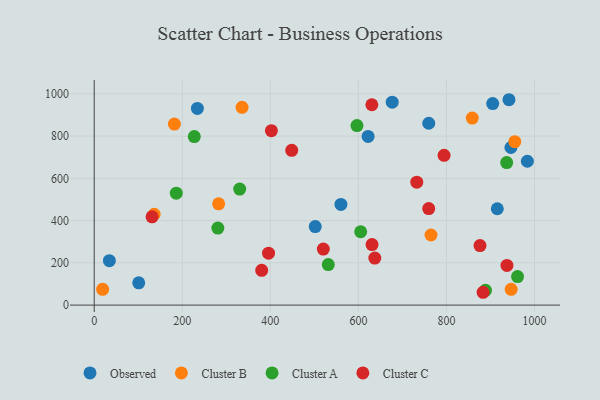
{"axis": {"x": "Engine Size", "y": "Profit"}, "legend": ["Cluster A", "Cluster B", "Cluster C", "Observed"], "data": [{"x": "560.3", "y": 476.5, "type": "Observed"}, {"x": "502.0", "y": 371.6, "type": "Observed"}, {"x": "942.0", "y": 972.2, "type": "Observed"}, {"x": "905.0", "y": 954.0, "type": "Observed"}, {"x": "676.8", "y": 960.7, "type": "Observed"}, {"x": "234.3", "y": 931.2, "type": "Observed"}, {"x": "983.8", "y": 681.0, "type": "Observed"}, {"x": "101.1", "y": 105.5, "type": "Observed"}, {"x": "946.4", "y": 746.0, "type": "Observed"}, {"x": "622.0", "y": 798.6, "type": "Observed"}, {"x": "759.8", "y": 860.8, "type": "Observed"}, {"x": "915.5", "y": 456.2, "type": "Observed"}, {"x": "34.4", "y": 210.5, "type": "Observed"}, {"x": "858.6", "y": 885.1, "type": "Cluster B"}, {"x": "955.2", "y": 773.8, "type": "Cluster B"}, {"x": "335.8", "y": 936.0, "type": "Cluster B"}, {"x": "136.2", "y": 430.0, "type": "Cluster B"}, {"x": "947.0", "y": 74.8, "type": "Cluster B"}, {"x": "282.6", "y": 479.4, "type": "Cluster B"}, {"x": "19.1", "y": 74.5, "type": "Cluster B"}, {"x": "764.9", "y": 331.9, "type": "Cluster B"}, {"x": "182.1", "y": 857.1, "type": "Cluster B"}, {"x": "330.4", "y": 549.3, "type": "Cluster A"}, {"x": "888.7", "y": 69.7, "type": "Cluster A"}, {"x": "596.8", "y": 849.8, "type": "Cluster A"}, {"x": "186.4", "y": 529.8, "type": "Cluster A"}, {"x": "280.8", "y": 364.5, "type": "Cluster A"}, {"x": "605.2", "y": 347.2, "type": "Cluster A"}, {"x": "961.5", "y": 134.8, "type": "Cluster A"}, {"x": "531.6", "y": 191.6, "type": "Cluster A"}, {"x": "936.8", "y": 674.9, "type": "Cluster A"}, {"x": "227.3", "y": 797.6, "type": "Cluster A"}, {"x": "794.6", "y": 708.8, "type": "Cluster C"}, {"x": "402.4", "y": 825.7, "type": "Cluster C"}, {"x": "520.3", "y": 265.3, "type": "Cluster C"}, {"x": "759.7", "y": 456.8, "type": "Cluster C"}, {"x": "131.4", "y": 417.8, "type": "Cluster C"}, {"x": "883.2", "y": 60.7, "type": "Cluster C"}, {"x": "876.2", "y": 281.7, "type": "Cluster C"}, {"x": "395.9", "y": 245.9, "type": "Cluster C"}, {"x": "637.3", "y": 222.7, "type": "Cluster C"}, {"x": "937.4", "y": 187.6, "type": "Cluster C"}, {"x": "630.6", "y": 948.5, "type": "Cluster C"}, {"x": "732.6", "y": 582.1, "type": "Cluster C"}, {"x": "448.6", "y": 732.6, "type": "Cluster C"}, {"x": "631.0", "y": 286.4, "type": "Cluster C"}, {"x": "380.4", "y": 164.6, "type": "Cluster C"}]}